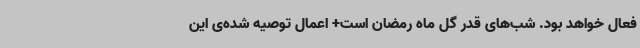
فعال خواهد بود. شب‌های قدر گل ماه رمضان است+ اعمال توصیه شده‌ی این